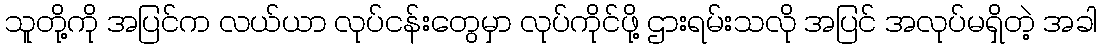
သူတို့ကို အပြင်က လယ်ယာ လုပ်ငန်းတွေမှာ လုပ်ကိုင်ဖို့ ဌားရမ်းသလို အပြင် အလုပ်မရှိတဲ့ အခါ